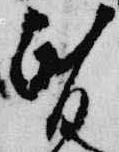
昏